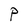
Character: P